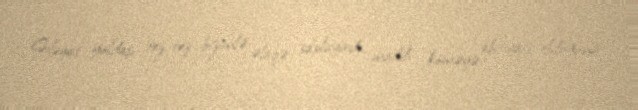
Həyat yoldaşı tez-tez bizimlə əlaqə saxlayırdı, maddi köməyə ehtiyacı olduğunu